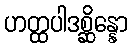
ဟတ္ထပါဒစ္ဆိန္နော